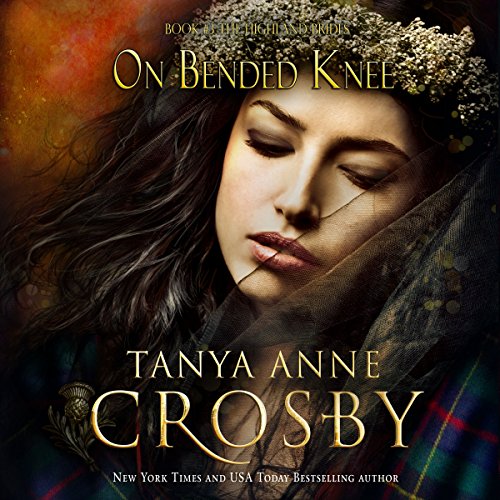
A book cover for On Bended Knee: The Highland Brides, Book 3; Tanya Anne Crosby; Romance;